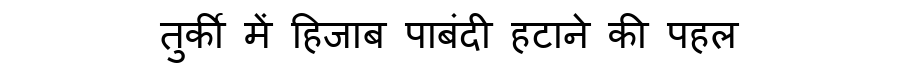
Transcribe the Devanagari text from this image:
तुर्की में हिजाब पाबंदी हटाने की पहल